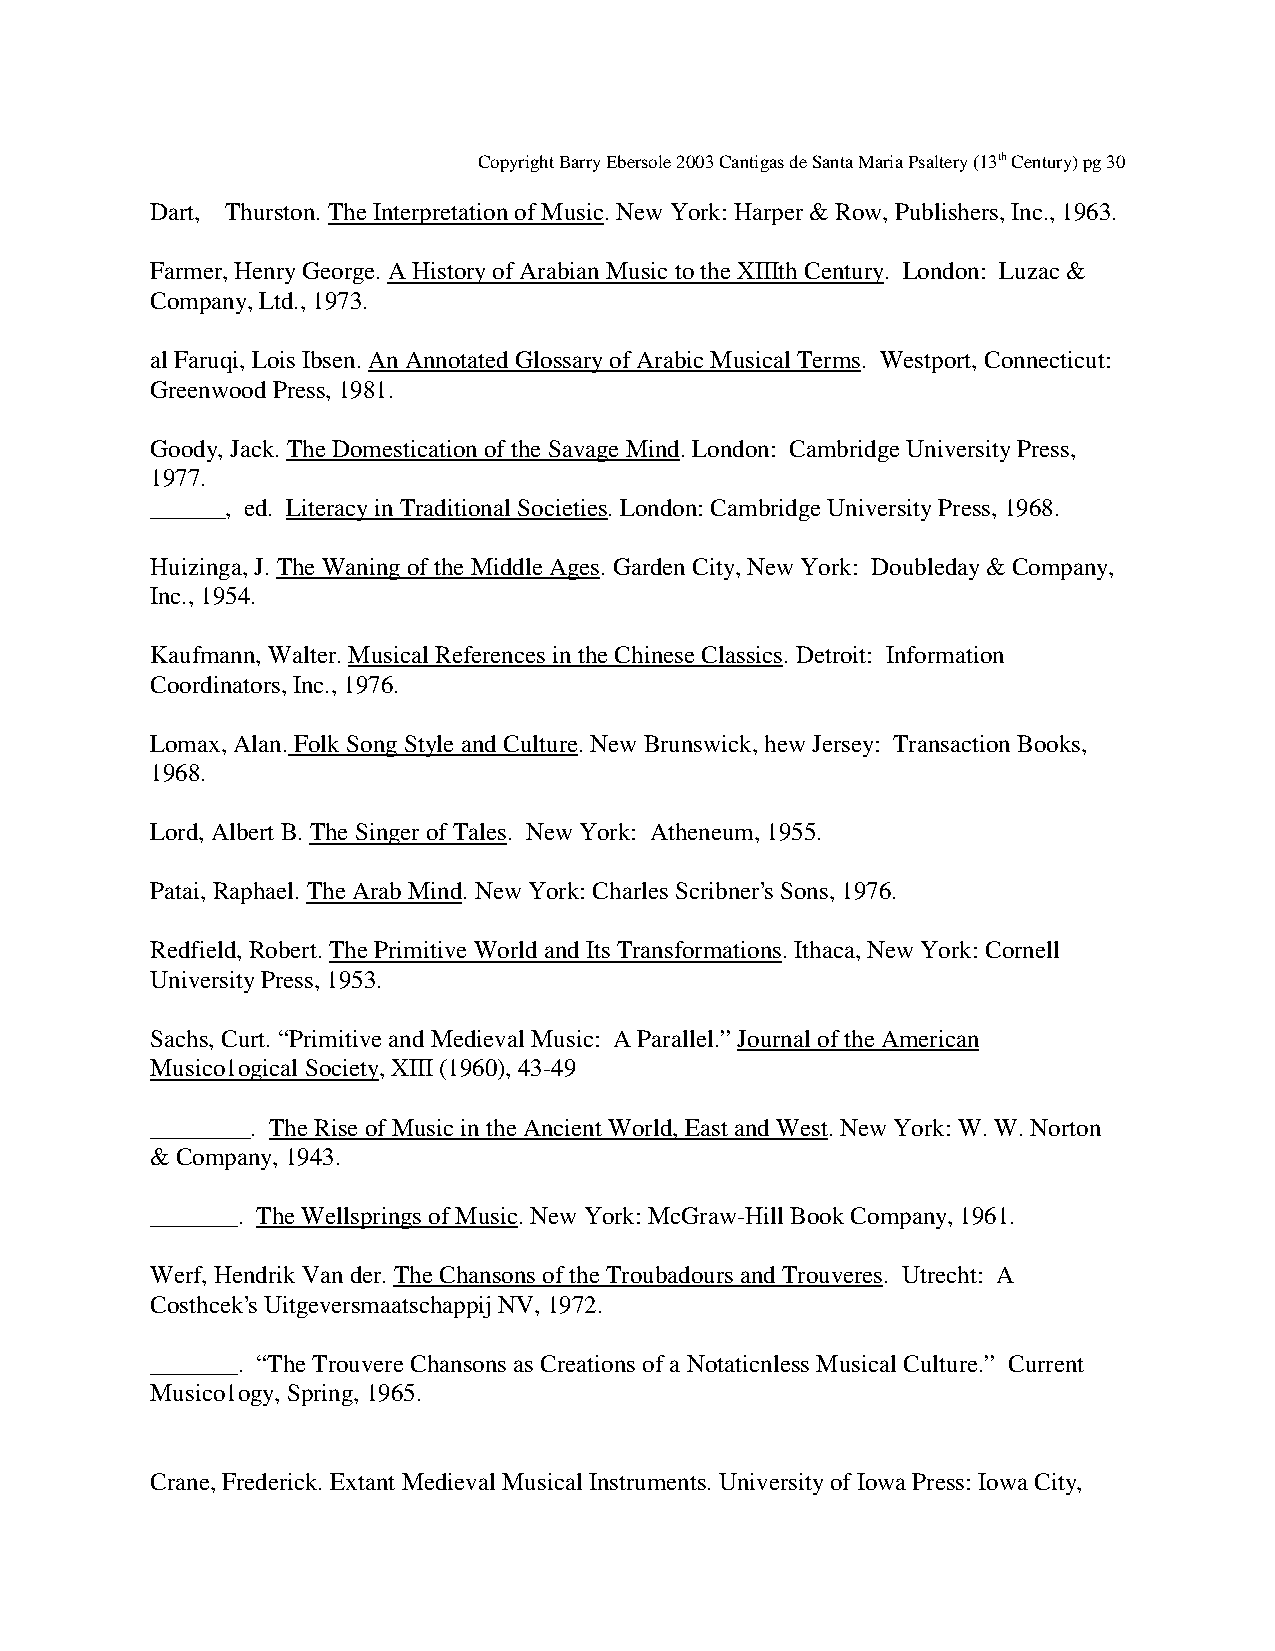
Copyright Barry Ebersole 2003 Cantigas de Santa Maria Psaltery (13th Century) pg 30
 Dart, Thurston. The Interpretation of Music. New York: Harper & Row, Publishers, Inc., 1963.
 Farmer, Henry George. A History of Arabian Music to the XIIIth Century. London: Luzac &
 Company, Ltd., 1973.
 al Faruqi, Lois Ibsen. An Annotated Glossary of Arabic Musical Terms. Westport, Connecticut:
 Greenwood Press, 1981.
 Goody, Jack. The Domestication of the Savage Mind. London: Cambridge University Press,
 1977.
 ______, ed. Literacy in Traditional Societies. London: Cambridge University Press, 1968.
 Huizinga, J. The Waning of the Middle Ages. Garden City, New York: Doubleday & Company,
 Inc., 1954.
 Kaufmann, Walter. Musical References in the Chinese Classics. Detroit: Information
 Coordinators, Inc., 1976.
 Lomax, Alan. Folk Song Style and Culture. New Brunswick, hew Jersey: Transaction Books,
 1968.
 Lord, Albert B. The Singer of Tales. New York: Atheneum, 1955.
 Patai, Raphael. The Arab Mind. New York: Charles Scribner’s Sons, 1976.
 Redfield, Robert. The Primitive World and Its Transformations. Ithaca, New York: Cornell
 University Press, 1953.
 Sachs, Curt. “Primitive and Medieval Music: A Parallel.” Journal of the American
 Musico1ogical Society, XIII (1960), 43-49
 ________. The Rise of Music in the Ancient World, East and West. New York: W. W. Norton
 & Company, 1943.
 _______. The Wellsprings of Music. New York: McGraw-Hill Book Company, 1961.
 Werf, Hendrik Van der. The Chansons of the Troubadours and Trouveres. Utrecht: A
 Costhcek’s Uitgeversmaatschappij NV, 1972.
 _______. “The Trouvere Chansons as Creations of a Notaticnless Musical Culture.” Current
 Musico1ogy, Spring, 1965.
 Crane, Frederick. Extant Medieval Musical Instruments. University of Iowa Press: Iowa City,